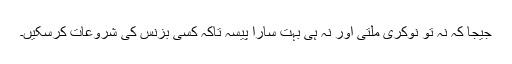
جیجا کہ نہ تو نوکری ملتی اور نہ ہی بہت سارا پیسہ تاکہ کسی بزنس کی شروعات کرسکیں۔